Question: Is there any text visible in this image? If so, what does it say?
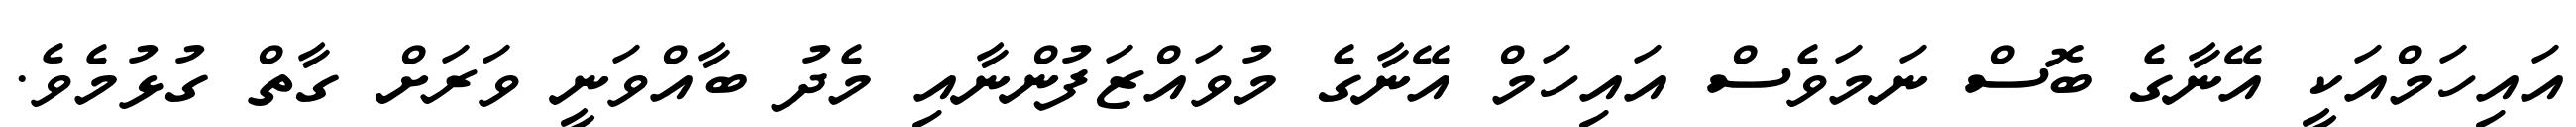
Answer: އައިހަމްއަކީ އޭނާގެ ބޮސް ނަމަވެސް އައިހަމް އޭނާގެ މުވައްޒަފުންނާއި މެދު ބާއްވަނީ ވަރަށް ގާތް ގުޅުމެވެ.